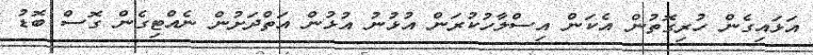
އަޅައިގެން ހުރިގޮތުން އެކަން އިސްލާހުކުރަން އުޅުނު އުޅުން އަތްދަށުން ނެއްޓިގެން ގޮސް ބޮޑު